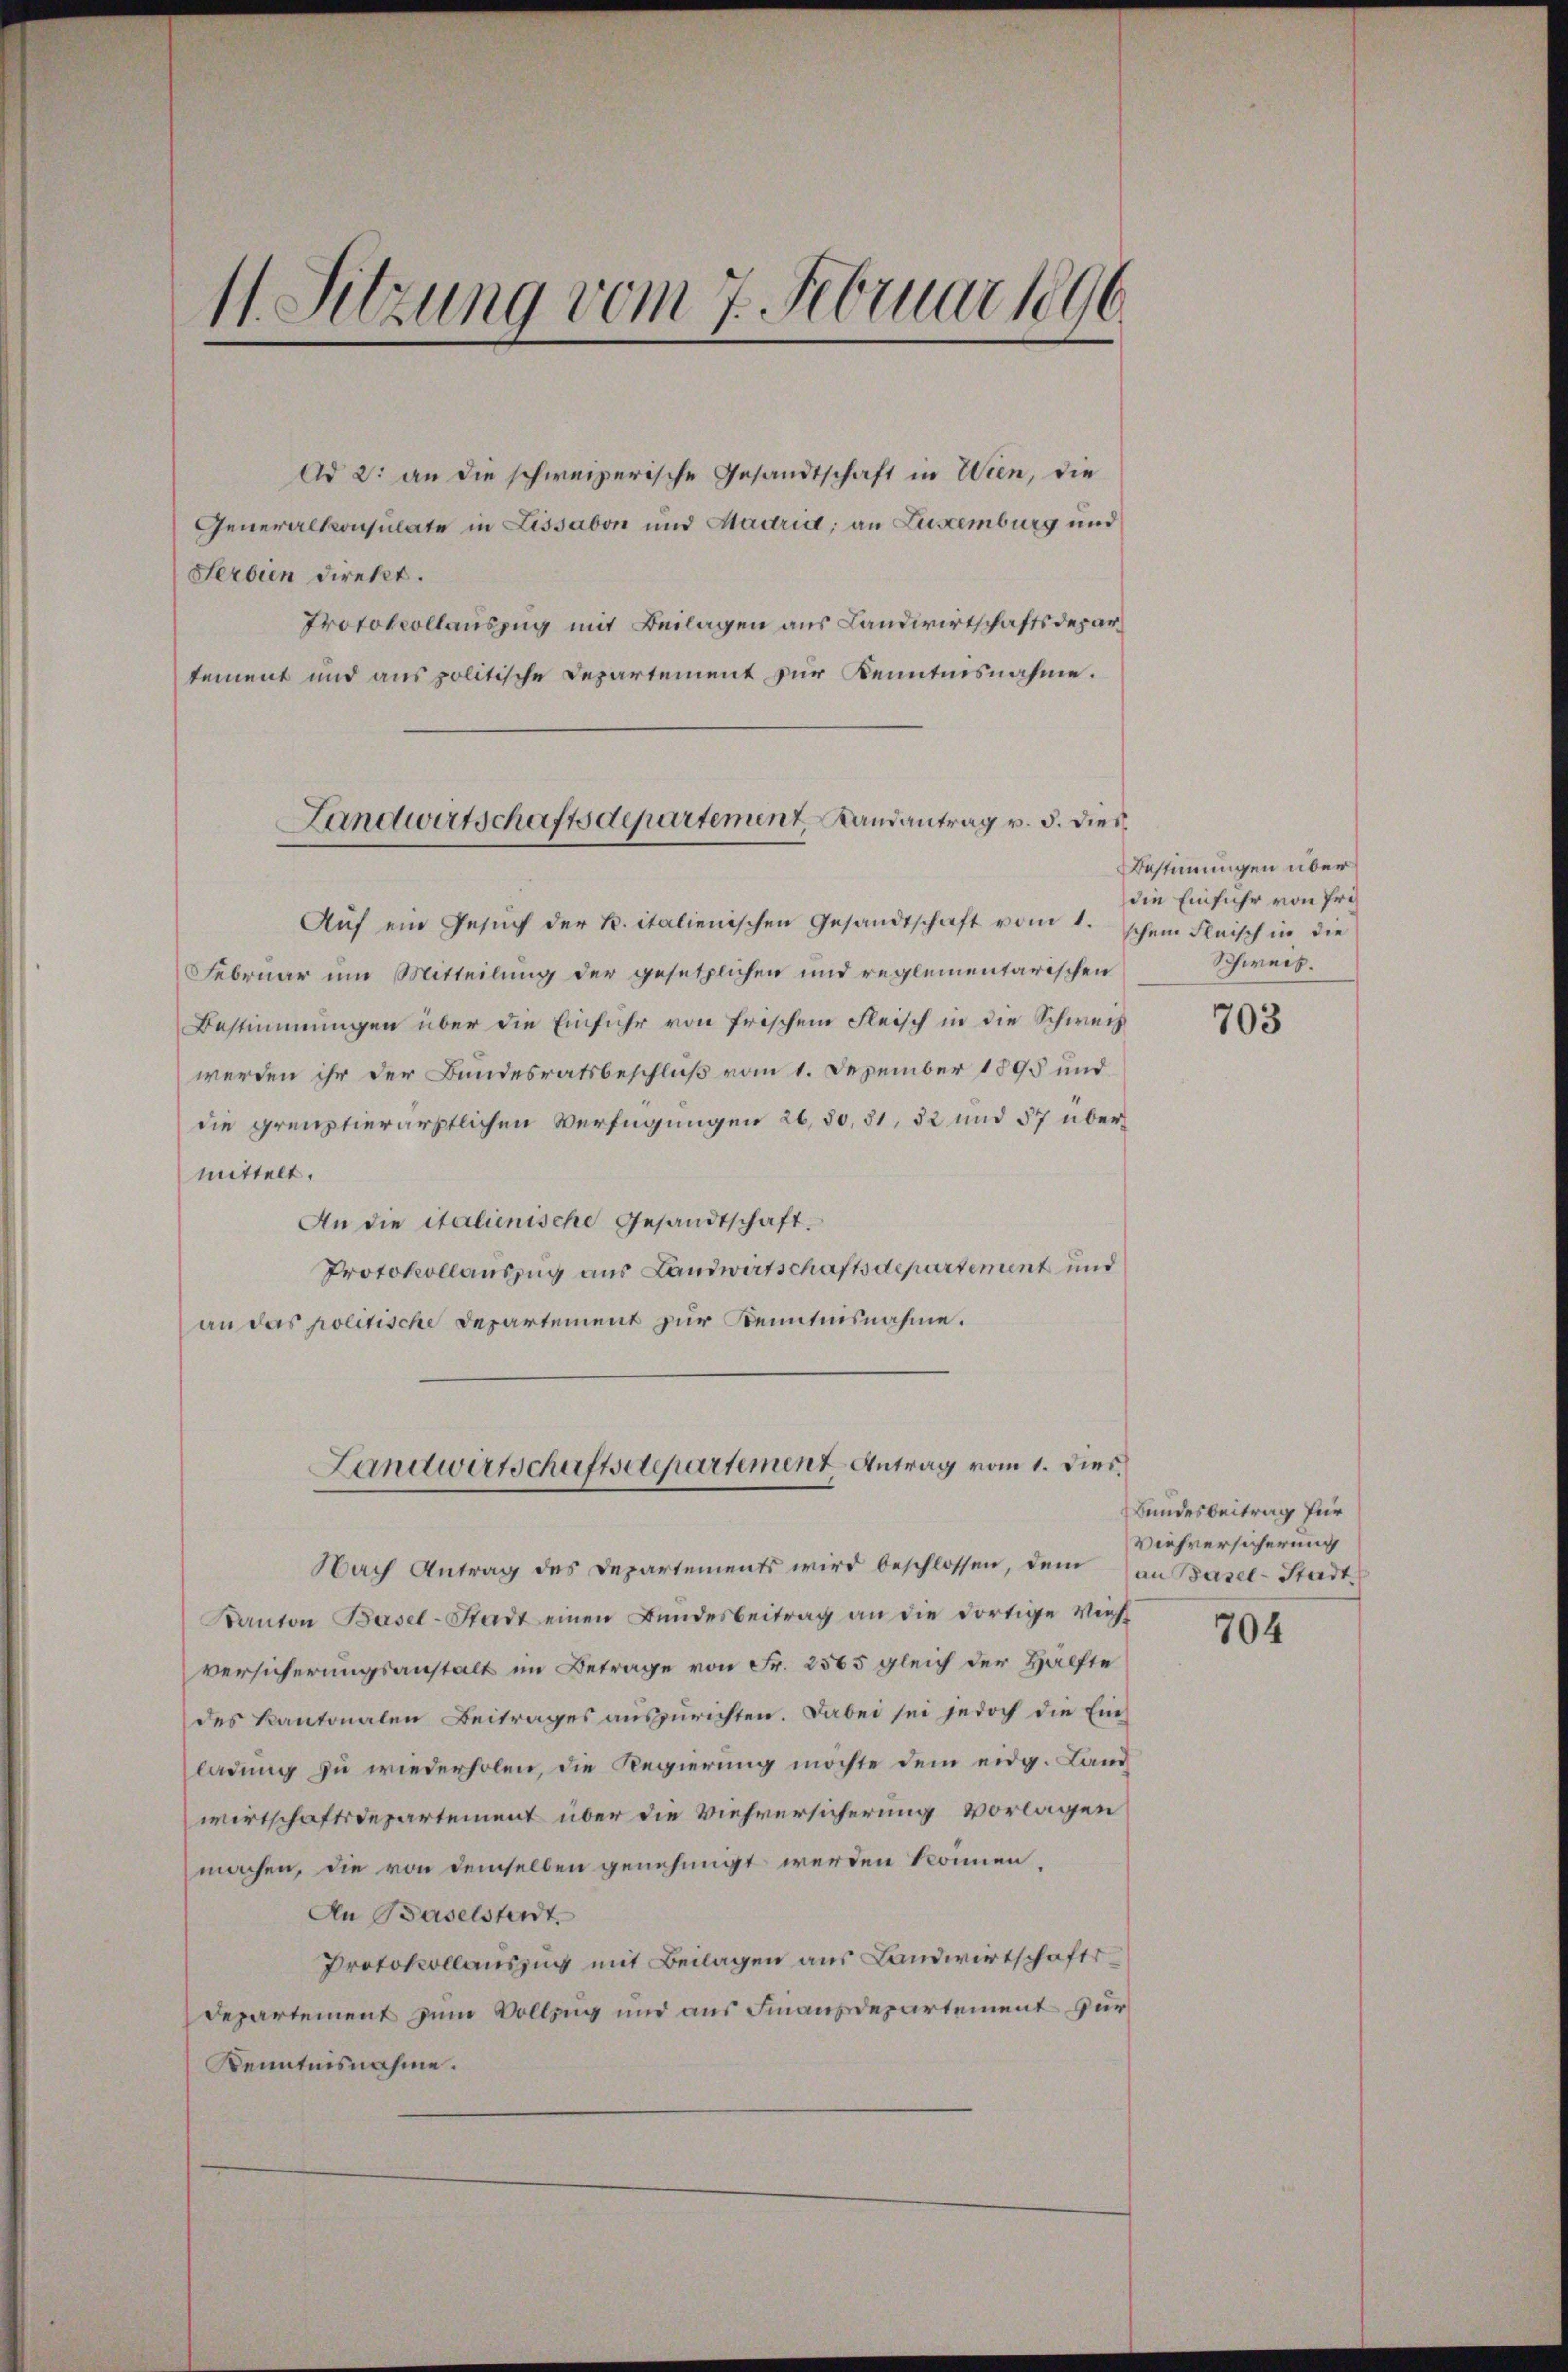
11. Sitzung vom 7. Februar 1896.

Ad 2: an die schweizerische Gesandtschaft in Wien, die
Generalkonsulate in Lissabon und Madrid, an Luxenburg und
Herbien direkt.
Protokollauszug mit Beilagen aus Landwirtschaftsdepartement und aus politische Departement zur Kenntnisnahme.
Landwirtschaftsdepartement, Randantrag v. 5. dies

Aŭf ein Gesŭch der K. italienischen Gesandtschaft vom 1. schem Fleisch in die
Februar um Mitteilung der gesetzlichen und reglementarischen
Bestimmungen über die Einfuhr von frischem Fleisch in die Schweiz
werden ihr der Bundesratsbeschluß vom 1. Dezember 1895 und
die grenztierärztlichen Verfügungen 26, 30, 31, 32 und 57 übermittelt.
An die italienische Gesandtschaft.
Protokollauszug aus Landwirtschaftsdepartement und
an das politische Departement zur Kenntnisnahme.
Nach Antrag des Departements wird beschlossen, dem an Basel-Stadt-
Kanton Basel-Stadt einen Bundesbeitrag an die dortige Vieh-
versicherungsanstalt im Betrage von Fr. 2565 gleich der Hälfte
des Kantonalen Beitrages auszurichten. Dabei sei jedoch die Einladung zu wiederholen, die Regierung möchte dem eidg. Land
wirtschaftsdepartement über die Viehversicherung vorlagen
machen, die von demselben genehmigt werden können,
An Baselstadt
Protokollauszug mit Beilagen aus Landwirtschafts¬
Departement zum Vollzug und aus Finanzdepartement für
Kenntnisnahme.

Landwirtschaftsdepartement Antrag vom 1. Dies.

Bestimmungen über
die Einfuhr von Pri¬
Schweiz.

703

Bundesbeitrag für
Viehversicherung

704